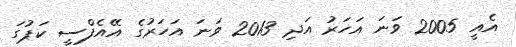
އެއީ 2005 ވަނަ އަހަރު އަދި 2013 ވަނަ އަހަރުގެ އޭއެފްސީ ކަޕުގަ